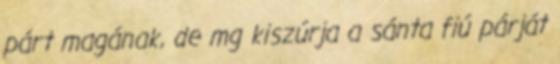
párt magának, de mg kiszúrja a sánta fiú párját